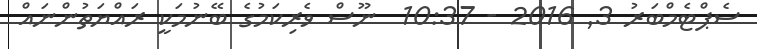
ސެޕްޓެމްބަރު 3